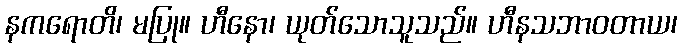
နကရောတိ၊ မပြု။ ဟီနော၊ ယုတ်သောသူသည်။ ဟီနသဘာဝတာယ၊